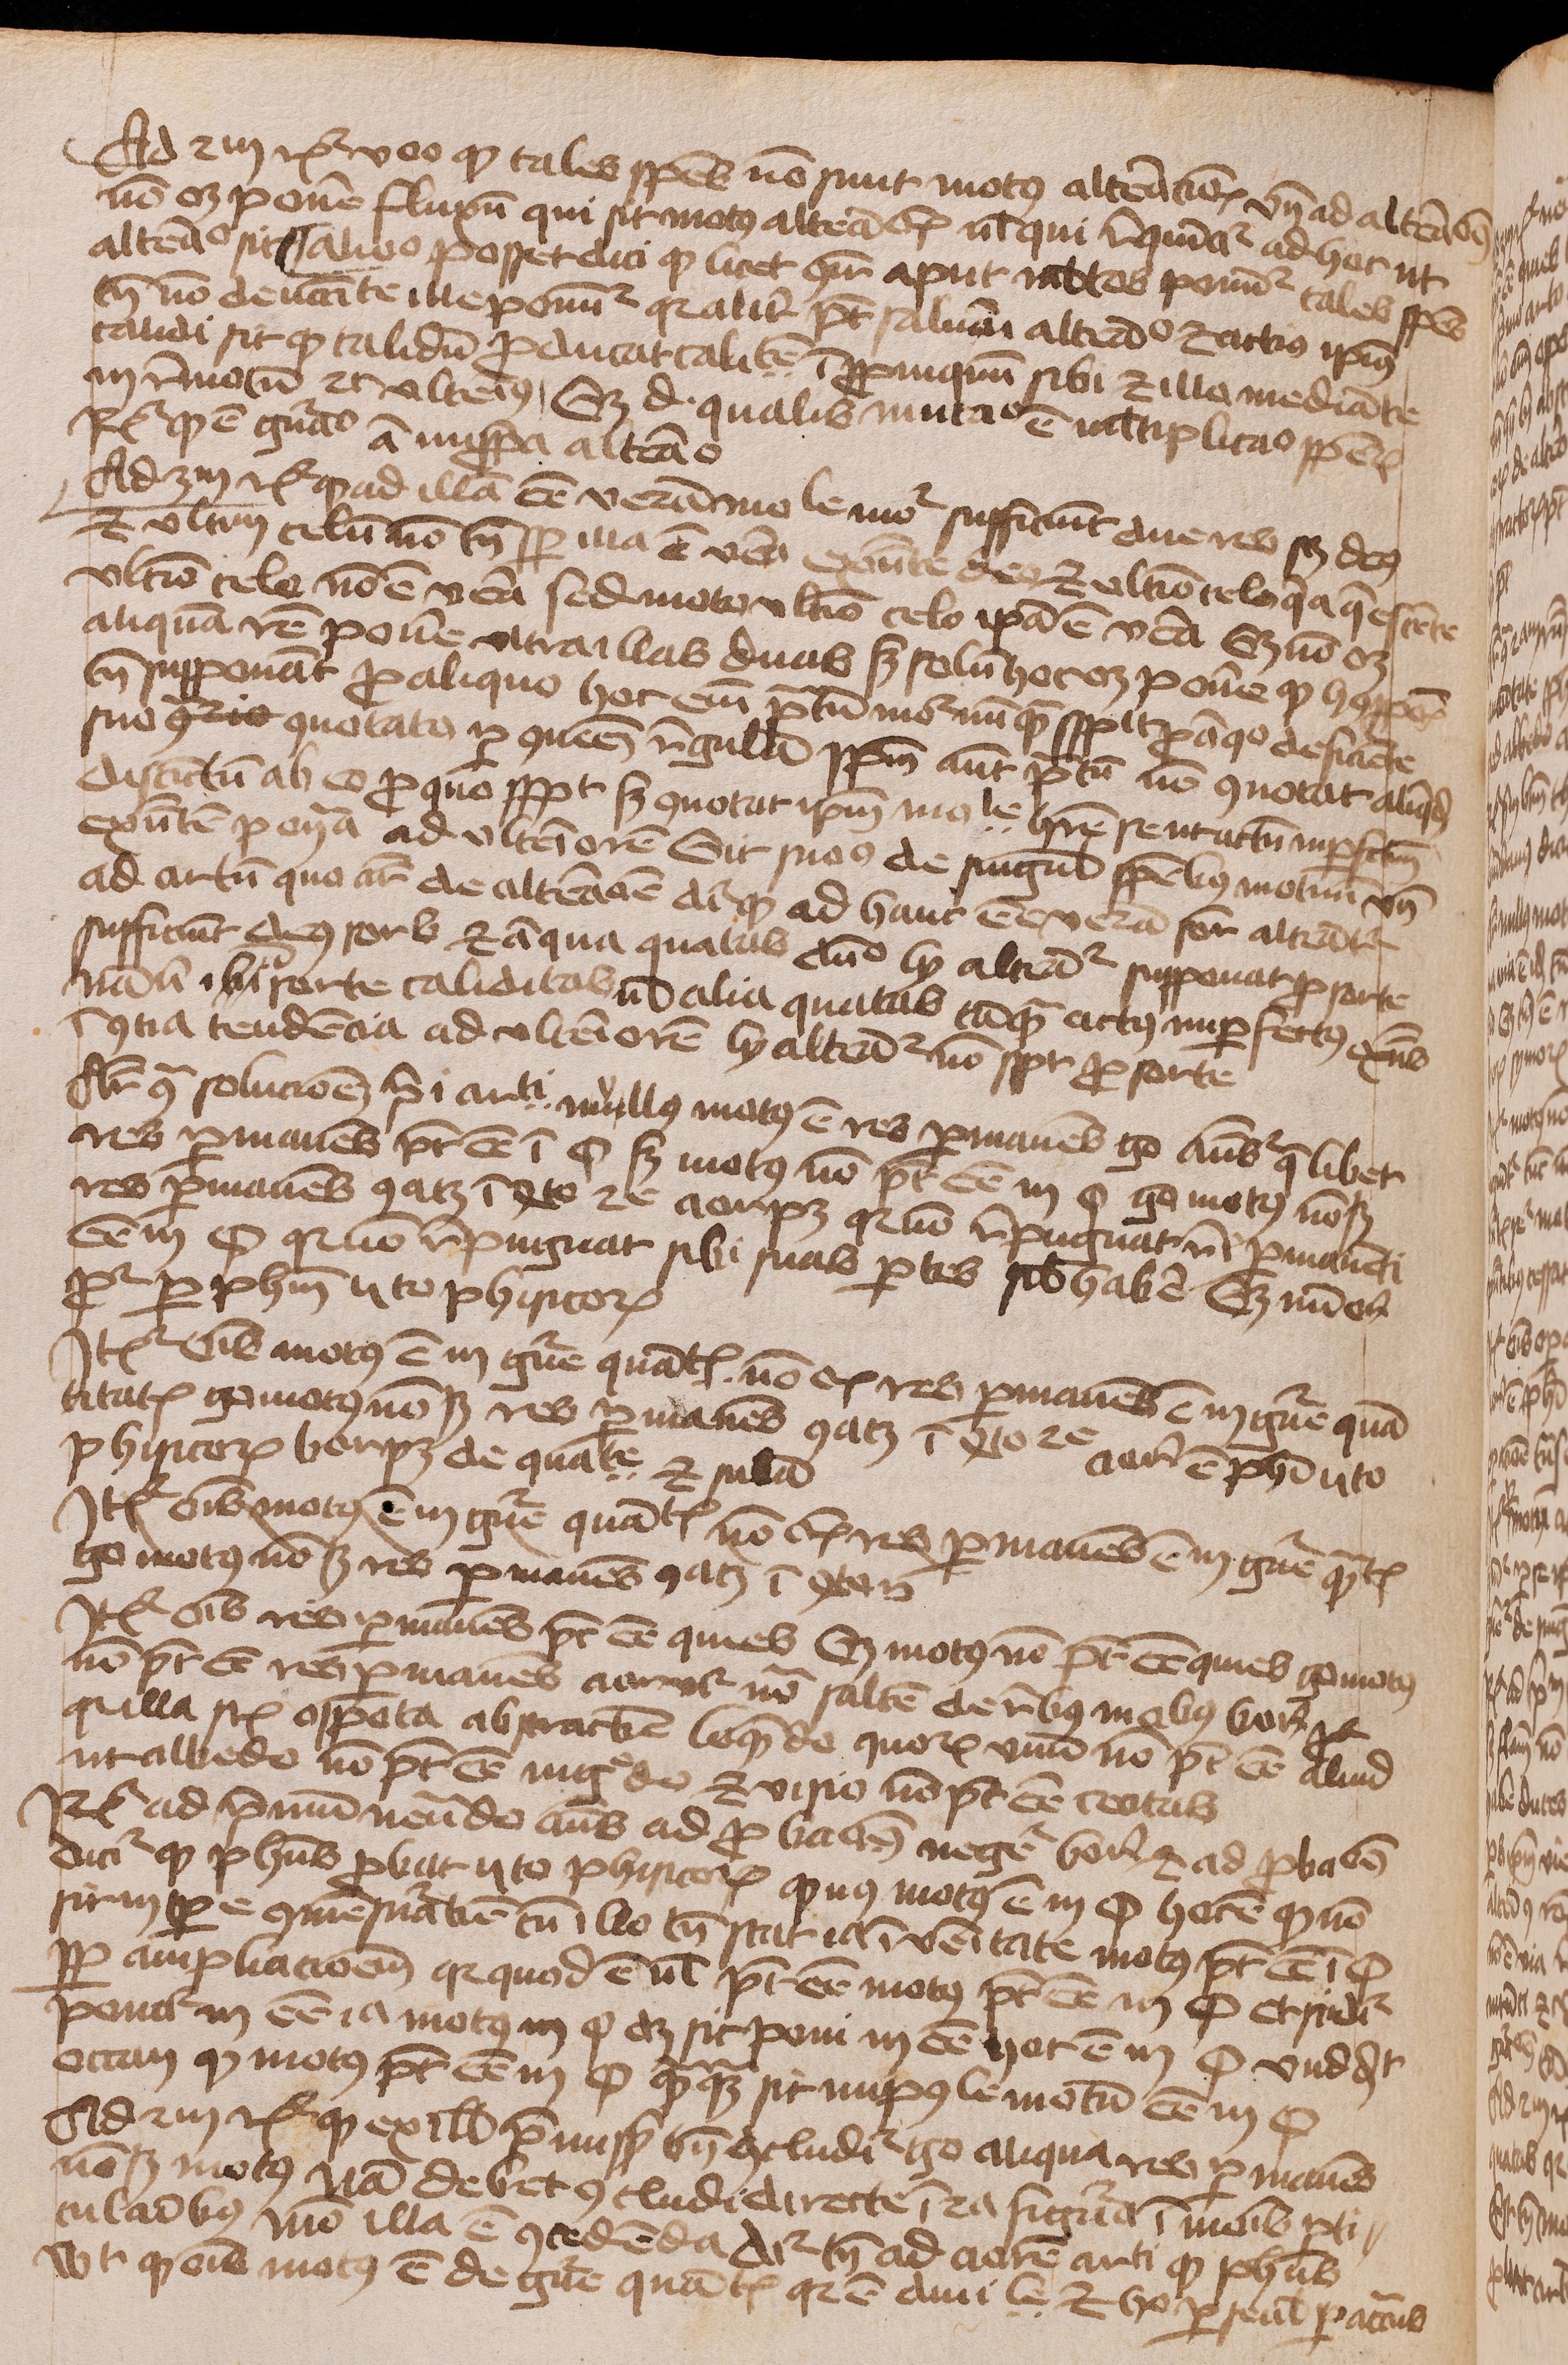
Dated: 1450–1474